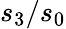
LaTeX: s_{3}/s_{0}